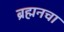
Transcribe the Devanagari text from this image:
ब्रह्मनचा